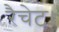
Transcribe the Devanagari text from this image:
रैचेट।